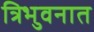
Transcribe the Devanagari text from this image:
त्रिभुवनात